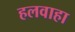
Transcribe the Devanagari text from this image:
हलवाहा